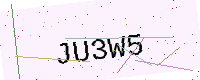
Text: JU3W5